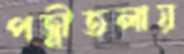
পত্নীতলায়